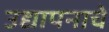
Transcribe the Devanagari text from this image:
उद्यापनाचे